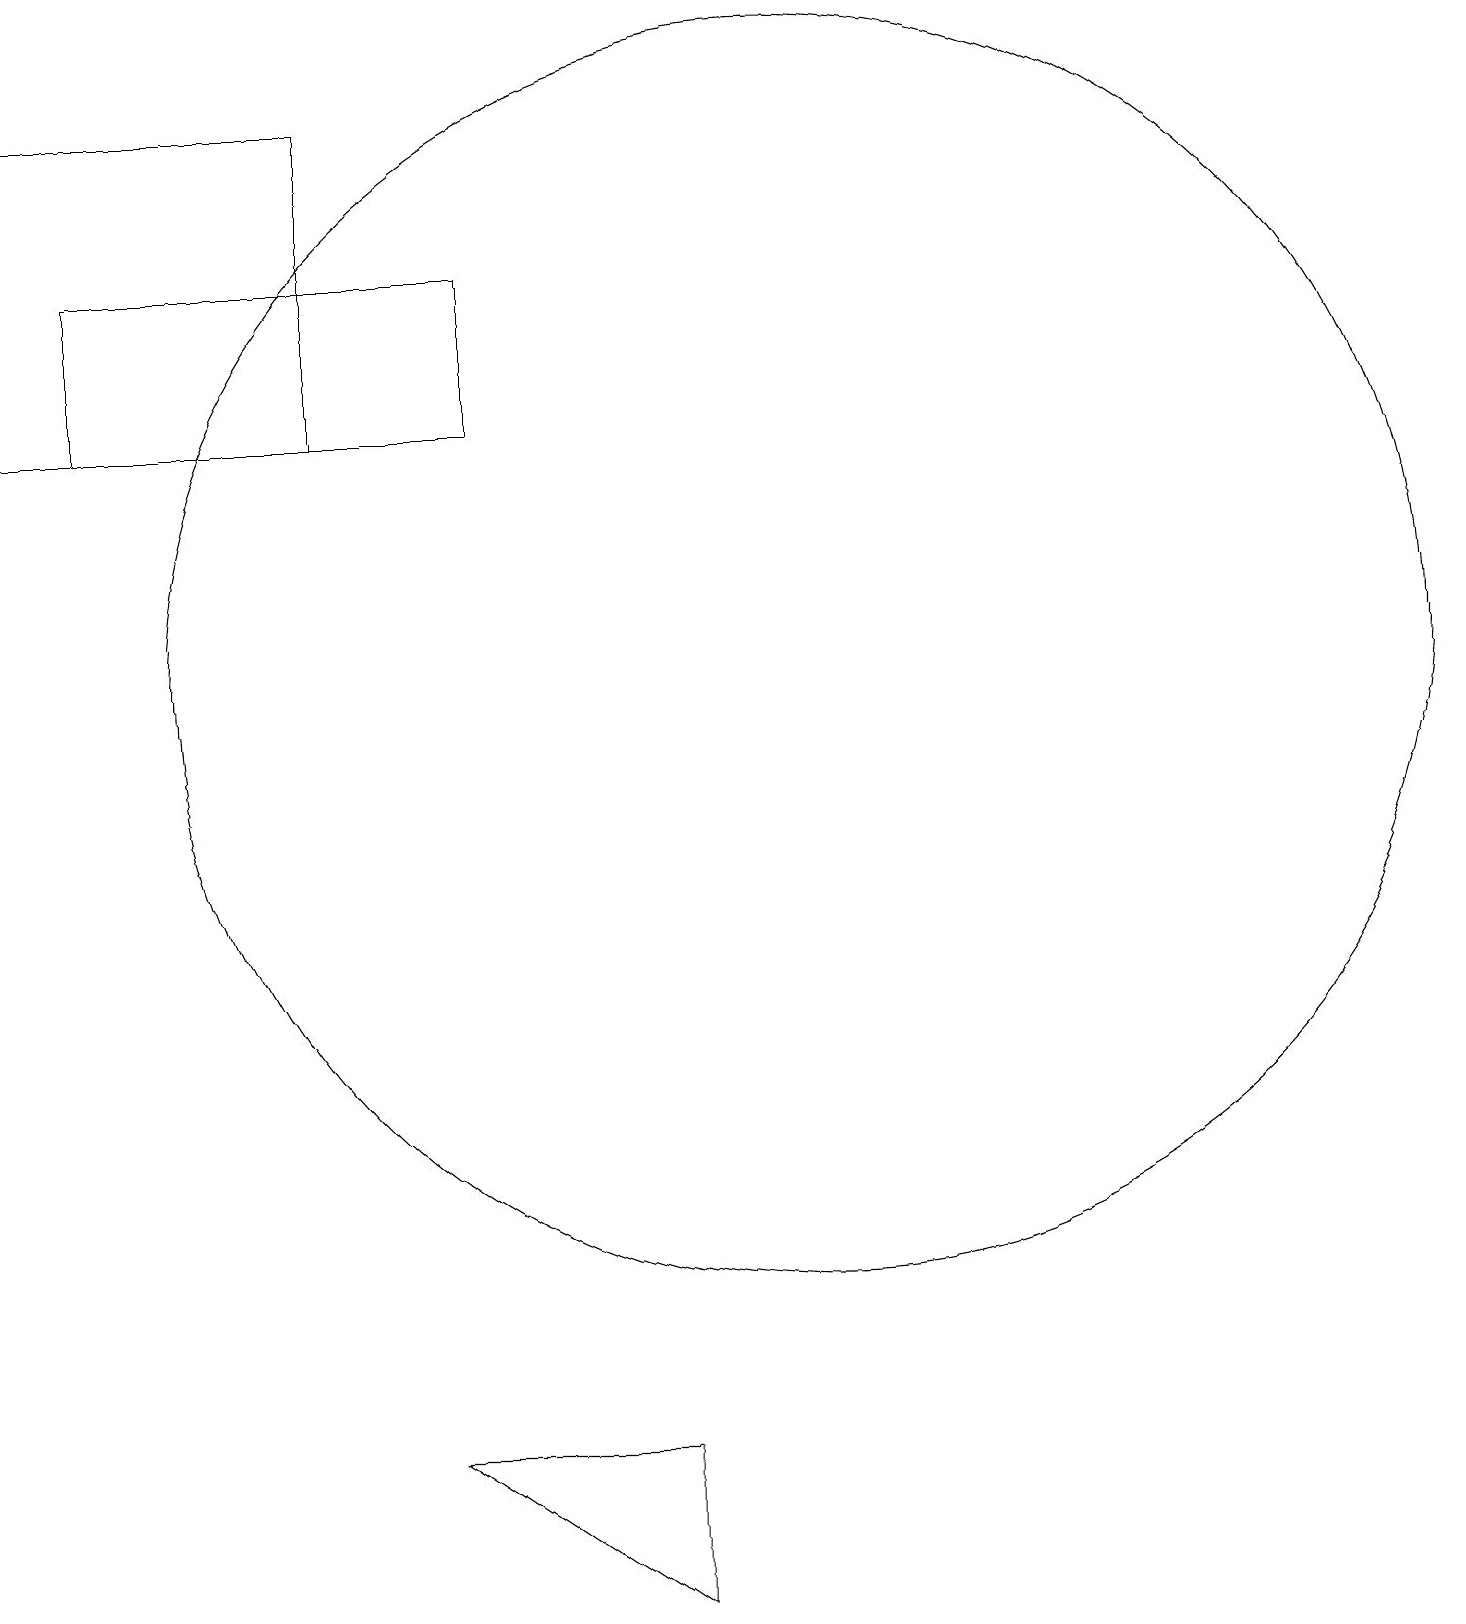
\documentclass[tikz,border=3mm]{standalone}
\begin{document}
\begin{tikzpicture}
\draw (4,15) rectangle (0,19);
\draw (5,2) -- (8,0) -- (8,2) -- cycle;
\draw (6,17) rectangle (1,15);
\draw (10,12) circle (8);
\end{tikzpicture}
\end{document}